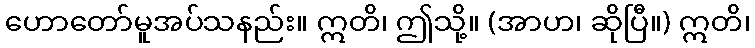
ဟောတော်မူအပ်သနည်း။ ဣတိ၊ ဤသို့။ (အာဟ၊ ဆိုပြီ။) ဣတိ၊